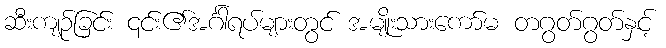
ဆီးကျဉ်ခြင်း ၎င်း၏အင်္ဂါရပ်များတွင် အမျိုးသားကော်မ တဂွတ်ဂွတ်နှင့်